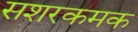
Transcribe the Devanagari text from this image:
सशरकमक